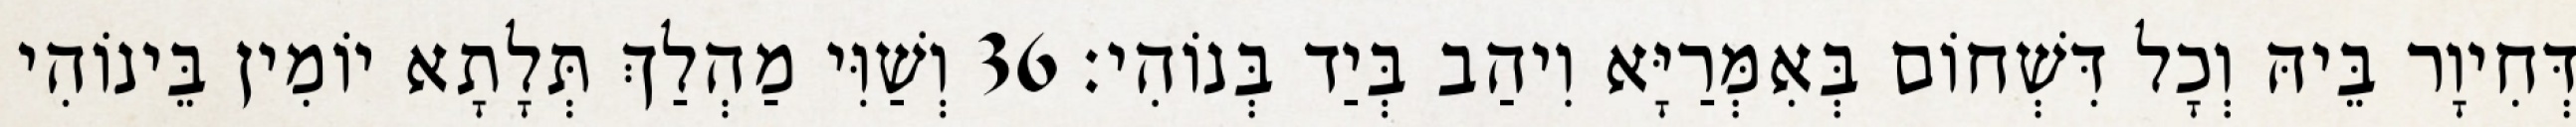
דְּחִיוָר בֵּיהּ וְכָל דִּשְׁחוֹם בְּאִמְּרַיָּא וִיהַב בְּיַד בְּנוֹהִי׃ 36 וְשַׁוִּי מַהְלַךְ תְּלָתָא יוֹמִין בֵּינוֹהִי